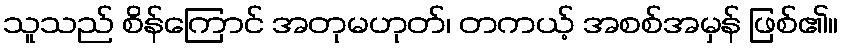
သူသည် စိန်ကြောင် အတုမဟုတ်၊ တကယ့် အစစ်အမှန် ဖြစ်၏။